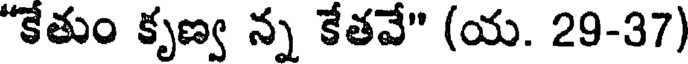
"కేతుం కృణ్వ న్న కేతవే" (య. 29-37)